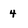
Character: 4